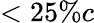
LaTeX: <25\% c